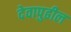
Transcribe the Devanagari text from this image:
देवापुढील